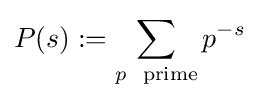
P(s):=\sum _{p\ {\text{ prime}}}p^{-s}